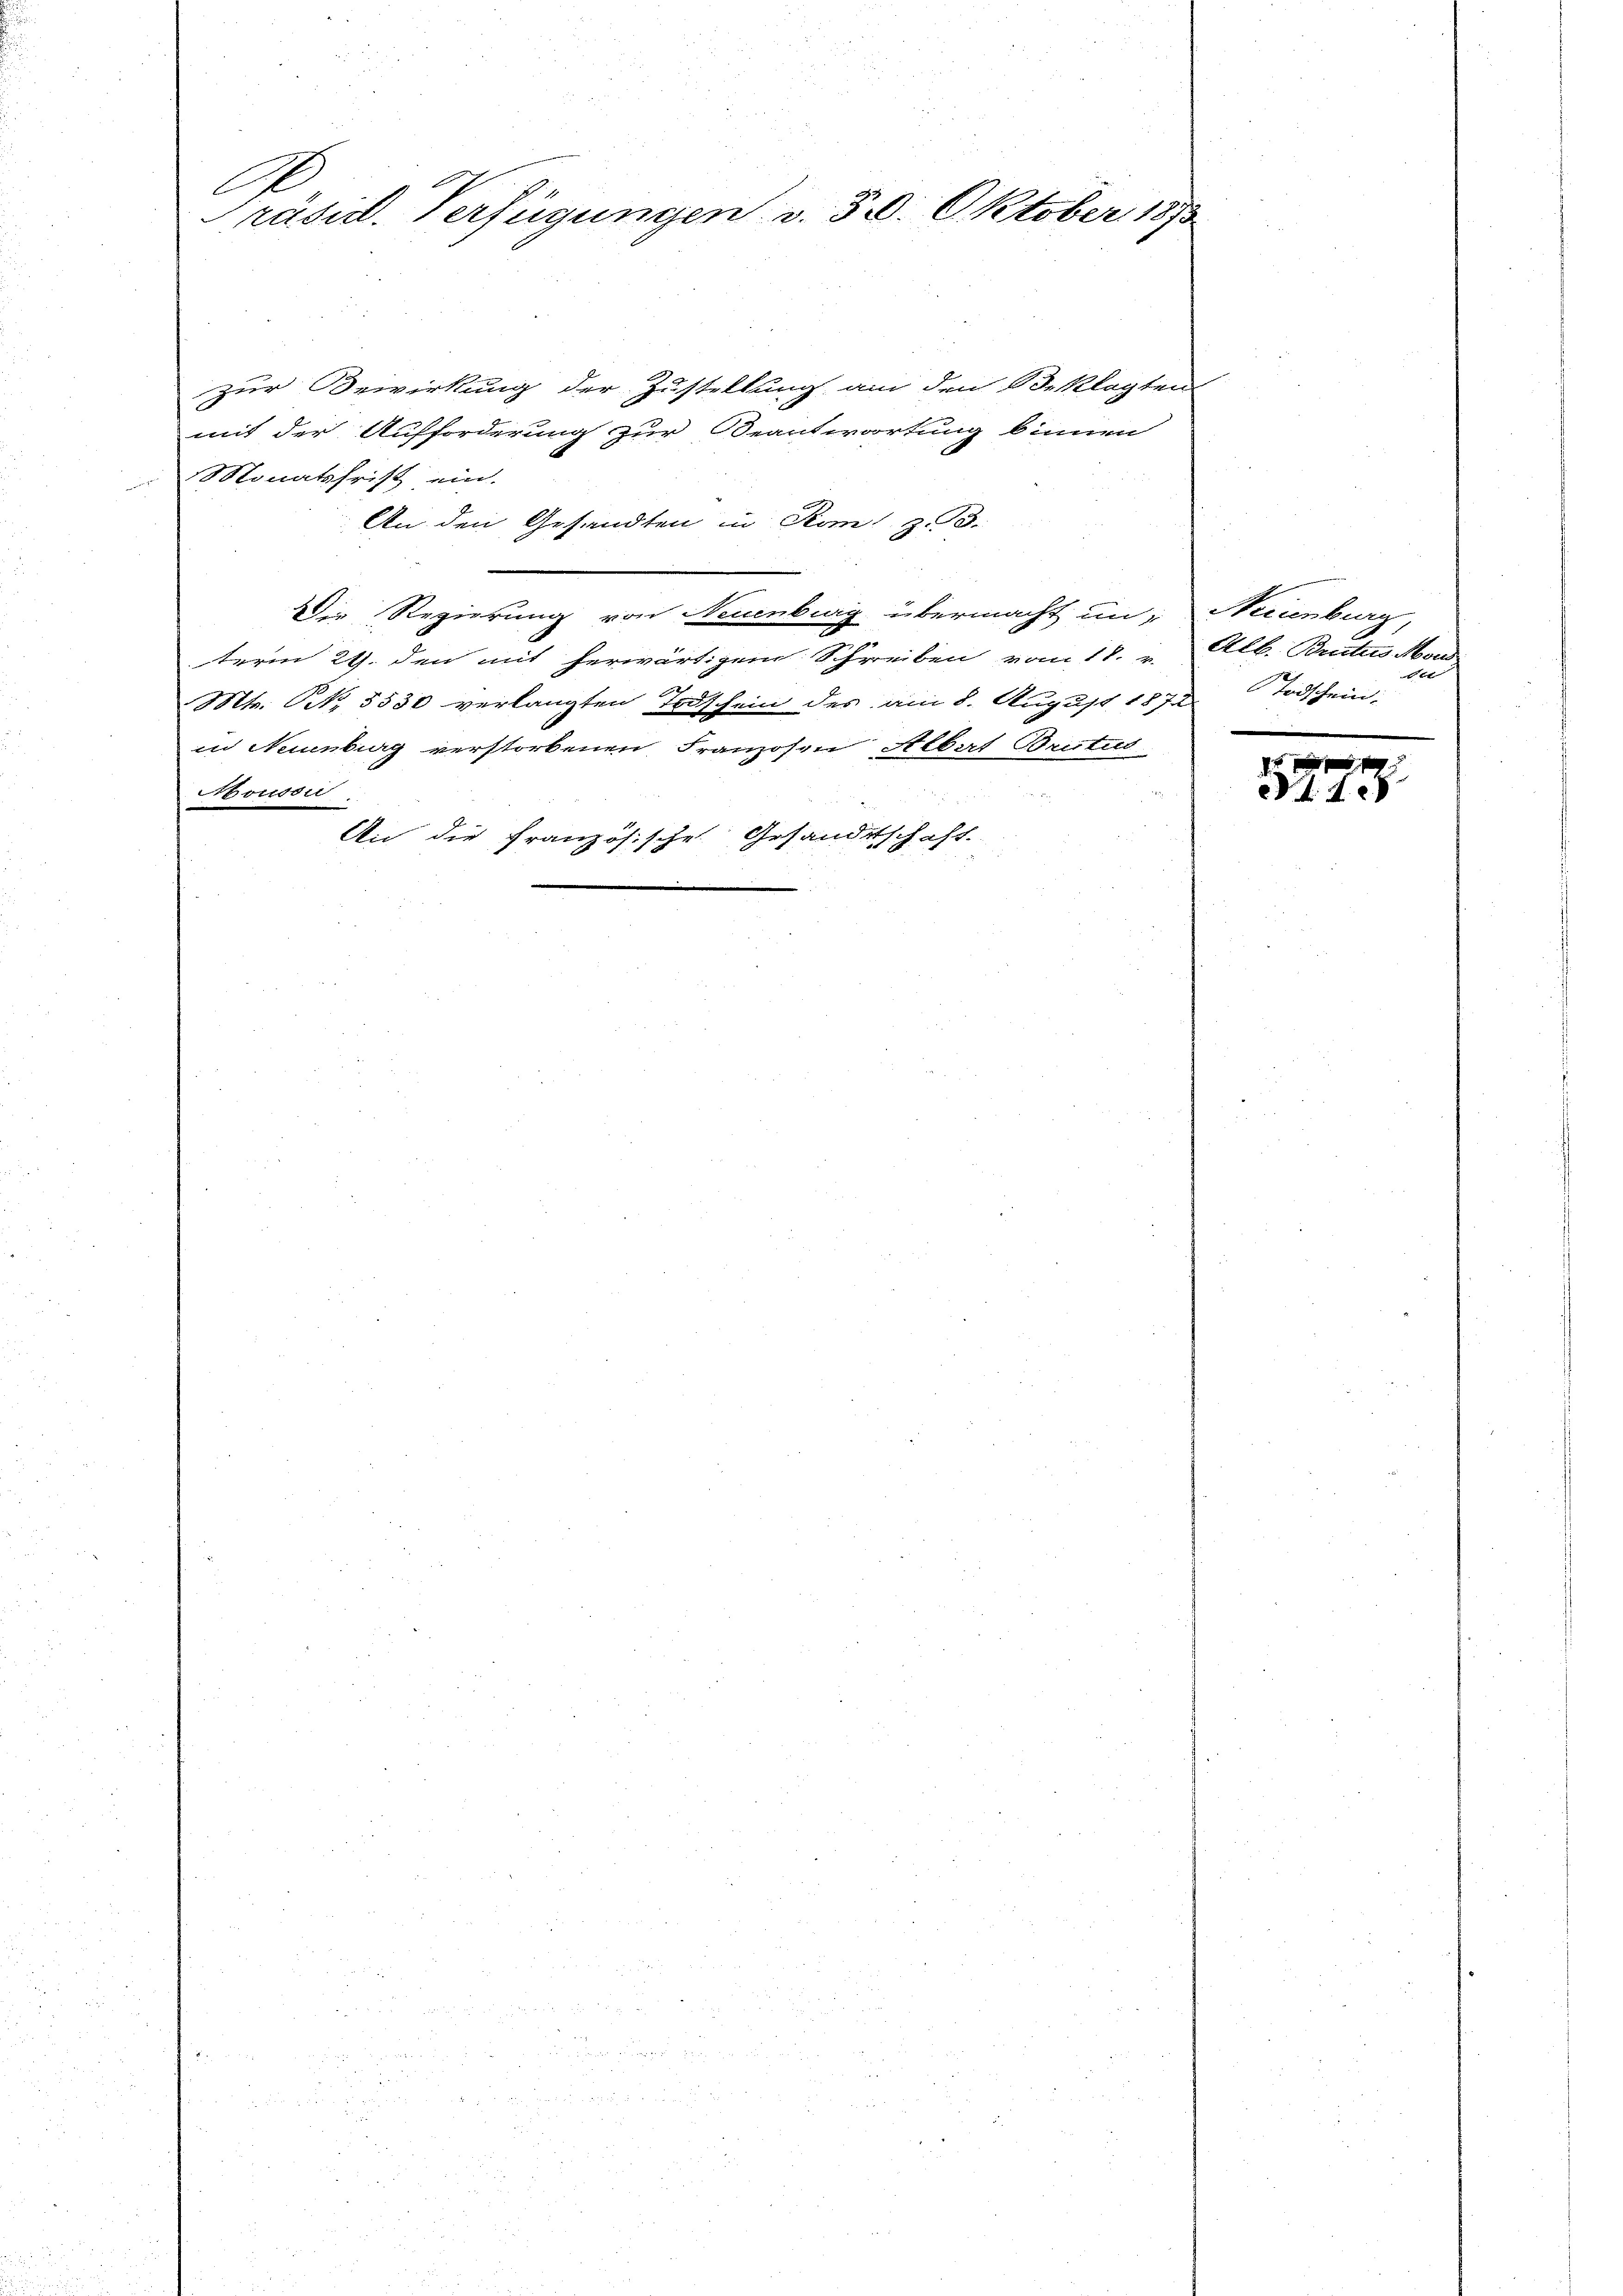
Präsid. Verfügungen v. 30. Oktober 187

zur Bewirkung der Zustellung an den Beklagten
mit der Aufforderung zur Beantwortung binnen
Monatsfrist ein.
An den Gesandten in Rom z. B.
Die Regierung von Neuenburg übermacht in Neuenburg,
term 24. den mit herwärtigem Schreiben vom 18. v. Alb. Buctus Mord

Mt. N. 5530 verlangten Todschein des am 8. August 1872. Todschein:
in Neuenburg verstorbenen Franzosen Albert Britus
Aoussi
An die Französische Gesandtschaft.

527